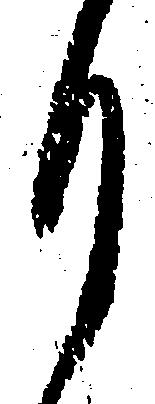
月